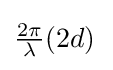
{\textstyle {2\pi  \over \lambda }(2d)\,}